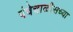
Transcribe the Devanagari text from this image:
पंचेचाळीसच्या